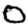
Digit: 0